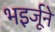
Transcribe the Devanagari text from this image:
भइर्जूने